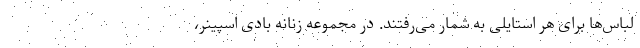
لباس‌ها برای هر استایلی به شمار می‌رفتند. در مجموعه زنانه بادی اسپینر،